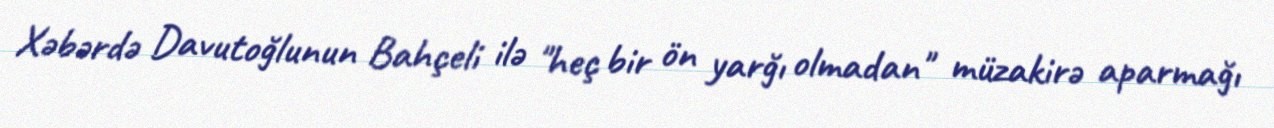
Xəbərdə Davutoğlunun Bahçeli ilə "heç bir ön yarğı olmadan" müzakirə aparmağı